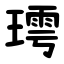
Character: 㻬